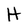
Character: H